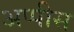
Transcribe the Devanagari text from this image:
अप्पीस